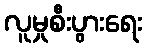
လူမှုစီးပွားရေး